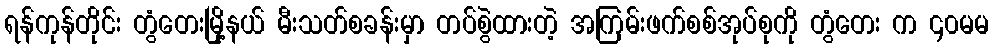
ရန်ကုန်တိုင်း တွံတေးမြို့နယ် မီးသတ်စခန်းမှာ တပ်စွဲထားတဲ့ အကြမ်းဖက်စစ်အုပ်စုကို တွံတေး က ၄၀မမ